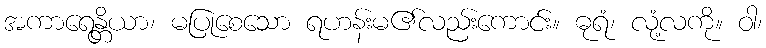
အကာရေန္တိယာ၊ မပြုစေသော ရဟန်းမ၏လည်းကောင်း။ ဓုရံ၊ လုံ့လကို။ ဝါ၊